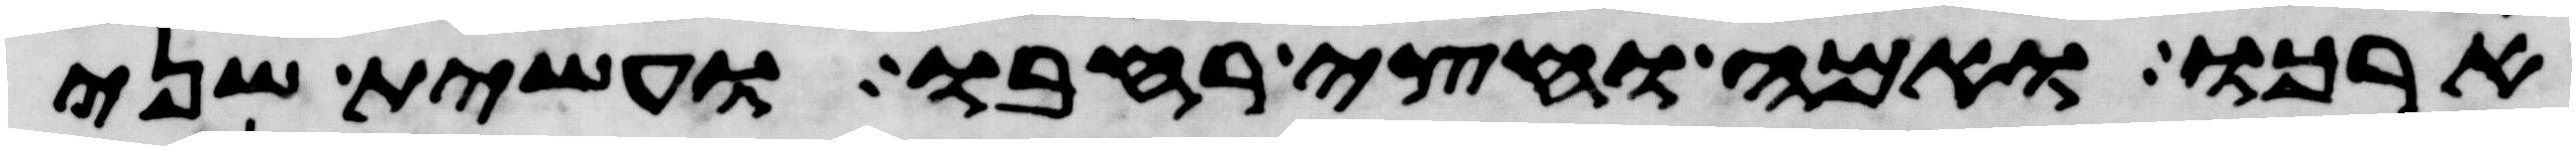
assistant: ארכו ואמה וחצי רחבו ועשית שני